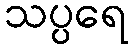
သပ္ပရေ